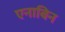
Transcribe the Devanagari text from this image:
एनाबिन